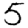
Digit: 5